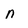
Character: N